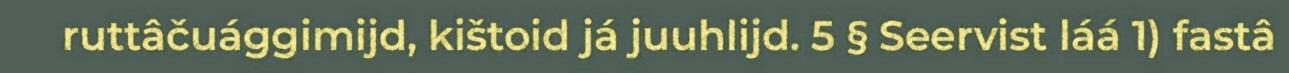
ruttâčuággimijd, kištoid já juuhlijd. 5 § Seervist láá 1) fastâ